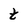
Character: t